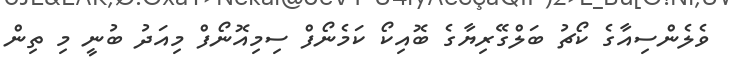
ވެލެންސިއާގެ ކޯޗު ބަލްގޭރިޔާގެ ބޮއިކޯ ކަމެނޯފް ސިމިއޮނޯފް މިއަދު ބުނީ މި ތިން